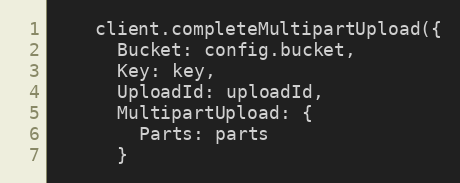
Language: JavaScript
    client.completeMultipartUpload({
      Bucket: config.bucket,
      Key: key,
      UploadId: uploadId,
      MultipartUpload: {
        Parts: parts
      }